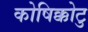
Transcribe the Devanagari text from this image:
कोषिक्कोटु